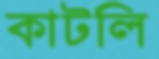
কাটলি